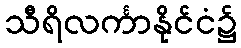
သီရိလင်္ကာနိုင်ငံ၌